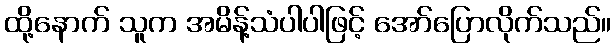
ထို့နောက် သူက အမိန့်သံပါပါဖြင့် အော်ပြောလိုက်သည်။